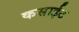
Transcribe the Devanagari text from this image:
कसाईट